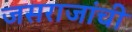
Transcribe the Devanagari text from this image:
जसराजांची